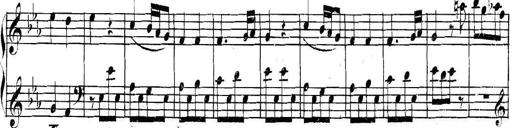
Title: Collected Piano Sonatas
Composer: Muzio Clementi